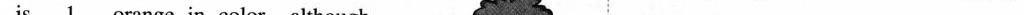
is \underline{1} orange in color,although C. easily D.usually